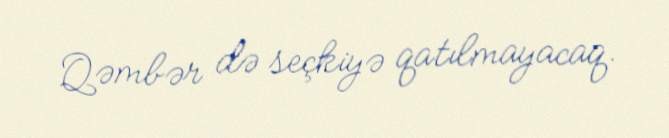
Qəmbər də seçkiyə qatılmayacaq.